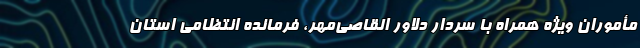
مأموران ویژه همراه با سردار دلاور القاصی‌مهر، فرمانده انتظامی استان